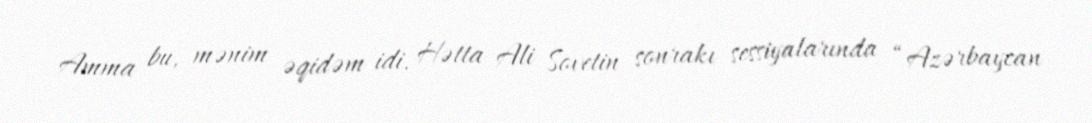
Amma bu, mənim əqidəm idi. Hətta Ali Sovetin sonrakı sessiyalarında “Azərbaycan